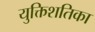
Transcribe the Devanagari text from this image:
युक्तिशतिका